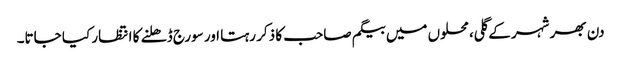
دن بھر شہر کے گلی، محلوں میں بیگم صاحب کا ذکر رہتا اور سورج ڈھلنے کا انتظار کیا جاتا۔